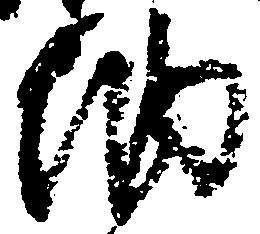
納